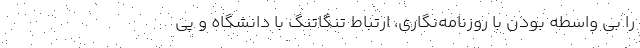
را بی واسطه بودن با روزنامه‌نگاری، ارتباط تنگاتنگ با دانشگاه و پی